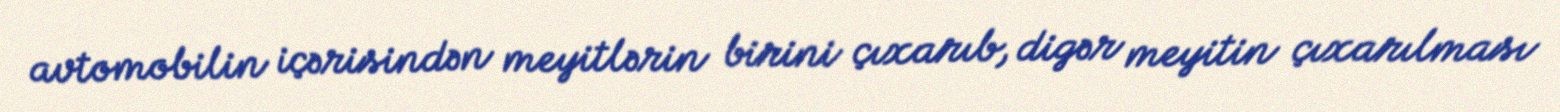
avtomobilin içərisindən meyitlərin birini çıxarıb, digər meyitin çıxarılması